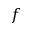
f